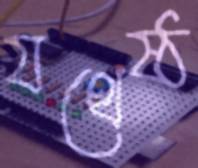
যথেষ্ঠ